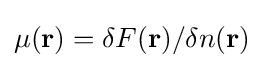
\mu (\mathbf {r} )=\delta F(\mathbf {r} )/\delta n(\mathbf {r} )